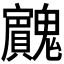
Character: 𱆡